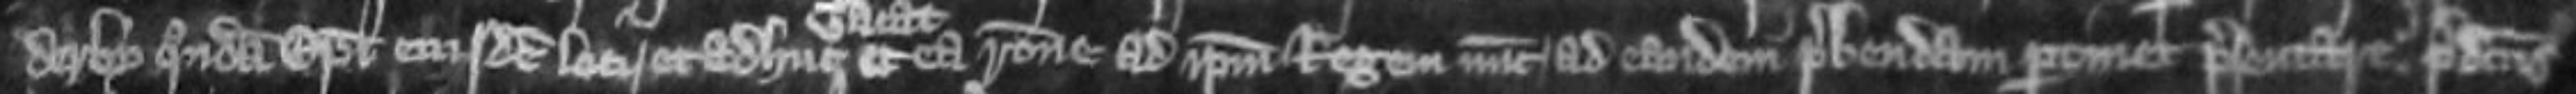
derby quondam episcopi eiusdem loci et adhuc et ea ratione ad ipsum regem nunc ad eandem prebendam pertinet presentare. predictus